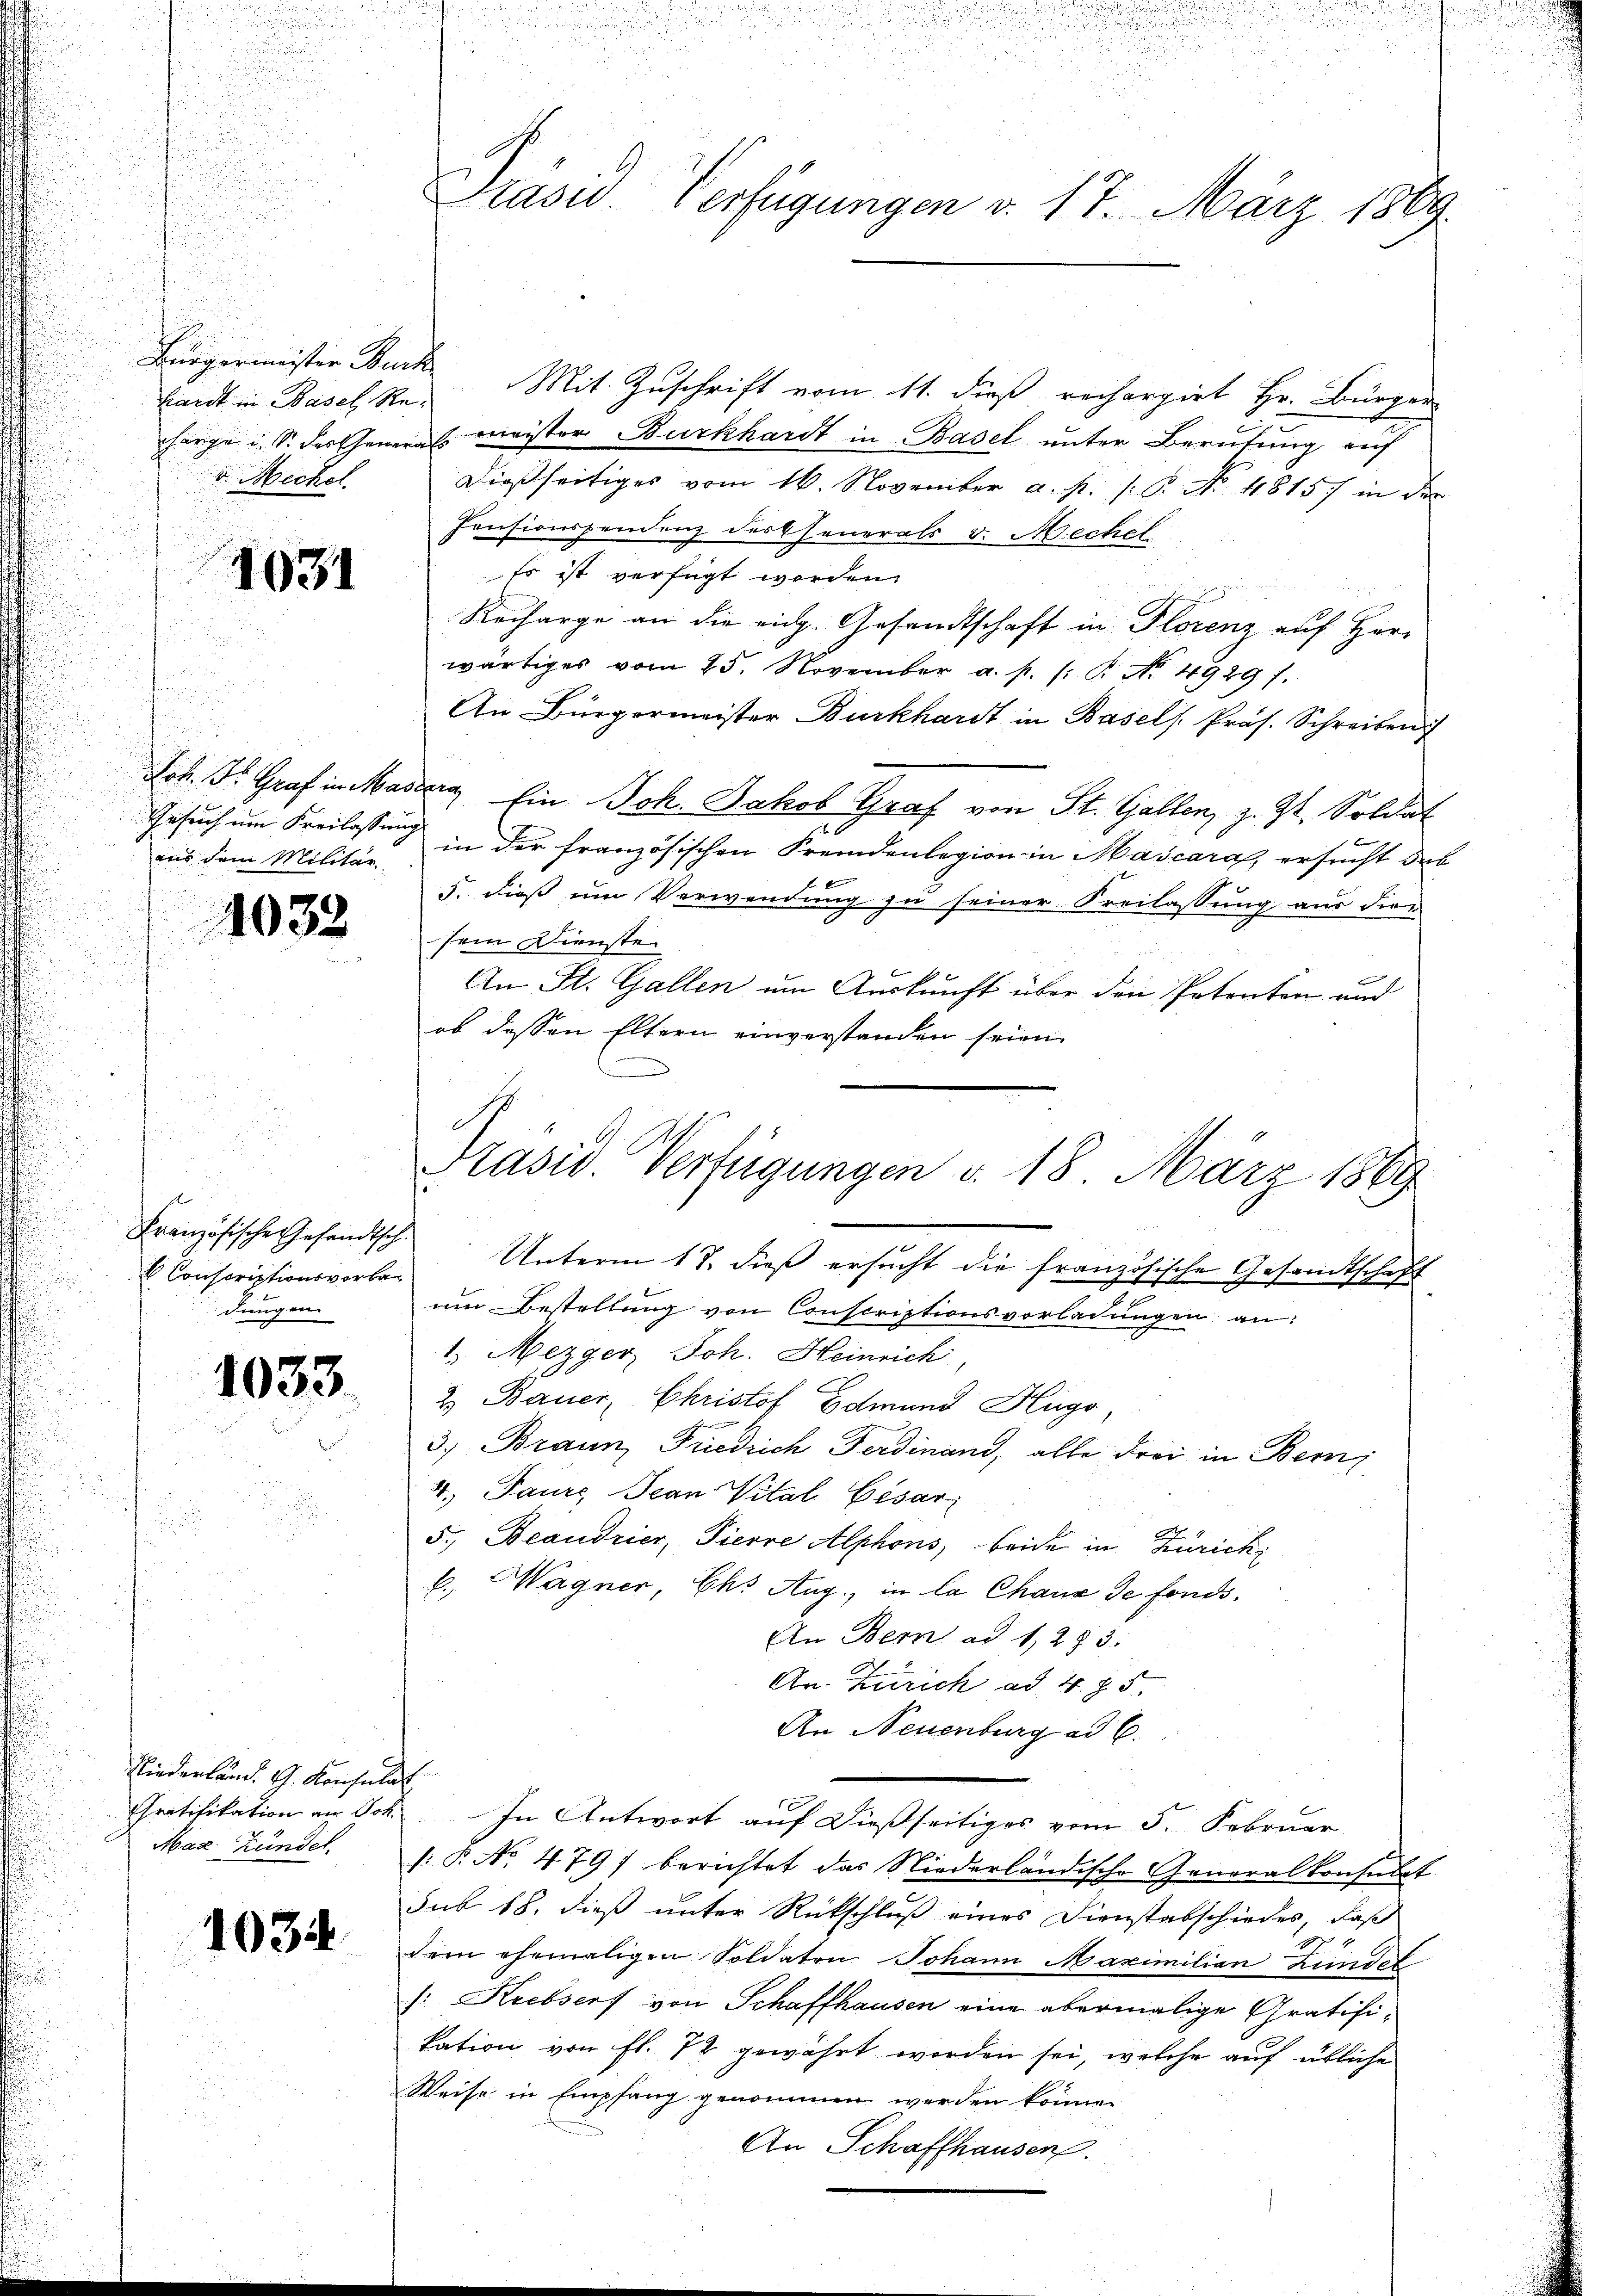
.

a

u

Präsid. Verfügungen v. 17. März 1889.

kandt in Basel Rev Mechel

Bürgermeister Burk Mit Zuschrift vom 11. dieß rechargirt Hr. Bürger-
harge u. S. darthenerals meister Burkhardt in Basel unter Berufung auf
dießseitiges vom 16. November a. p. C. No. 1815/ in der
Consionspondenz der Generals v. Mechel
Es ist verfügt werden.
Recharge an die eidg. Gesandtschaft in Florenz auf Herr
wärtiges vom 25. November a. p. /: P. No. 4929 f.
An Bürgermeister Burkhardt in Basels Präs. Schreiben
ok. Dr. Graf in Mader Ein Joh. Jakob Graf von St. Gallen, z. Zt. Soldat
aus dem Militär in der französischen Fremdenlegion in Mascara, ersucht dab
f 4 x
5. dieß um Verwendung zu seiner Freilassung aus die-
sein Dienste
An St. Gallen um Auskunft über den Petenten und
ob dessen Eltern einverstanden seien.
Unterm 18. dieß ersucht die französische Gesandtschaft
x
um Bestellung von Conscriptionsvorladungen an:
1.) Mezger, Joh. Heinrich,
2) Bauer, Christof Edmund Hugo,
3.) Braun Friedrich Ferdinand, alle Frei in Bern
4. Tanze Jean Vital- Cesar
5., Beaudrier, Tierre Alphons, beide in Zürich
b. Wagner, Ch. Aug., in la Chaux de fonds.
An Bern ad 1283.
An. Zürich ad 4. §. 5.
An Neuenburg ad C.
Gratifikation an Sch. In Antwort auf dießseitiges vom 5. Februar
: P. No 479) berichtet das Niederländische Generalkonsulat
sub 18. dieß unter Rückschluß eines Dienstabschiedes, daß
1
dem ehemaligen Soldaten Johann Maximilian Kundel
: Krebserf von Schaffhausen eine abermalige Gratifikation von fl. 72 gewährt worden sei, welche auf übliche
Weise in Empfang genommen werden könne.
An Schaffhausen.

1031

Gesuch um Freilassung
1032

Präsid. Verfügungen d. 18. März 1869

Französische Gesandtsch.
Conscriptionsvorbedungen.

1033

Niederland. G. Konsulat
Maz Kündel

1034